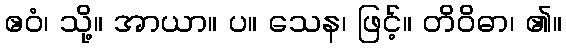
ဧဝံ၊ သို့။ အာယာ။ ပ။ သေန၊ ဖြင့်။ တိဝိဓာ၊ ၏။